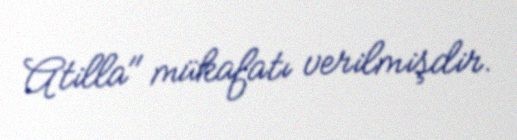
Atilla" mükafatı verilmişdir.